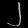
Digit: ၂